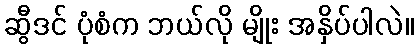
ဆွီဒင် ပုံစံက ဘယ်လို မျိုး အနှိပ်ပါလဲ။